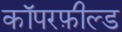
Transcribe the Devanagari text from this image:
कॉपरफ़ील्ड